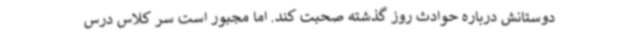
دوستانش درباره حوادث روز گذشته صحبت کند. اما مجبور است سر کلاس درس